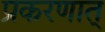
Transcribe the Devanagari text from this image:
प्रकरणात्‌